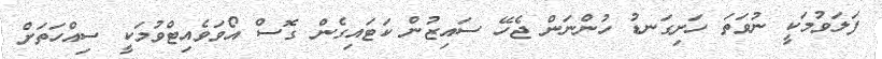
ފަލަވުމަކީ ނުވަތަ ހަށިގަނޑު ހުންނަން ޖެހޭ ސައިޒުން ކަޓައިގެން ގޮސް އޯވަވެއިޓްވުމަކީ ސިއްހަތަށް